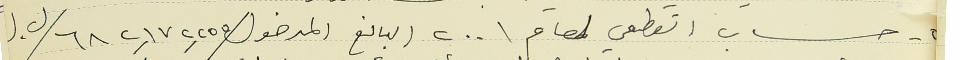
٤ - حساب القطعي لعام ٢٠٠١ البالغ المدخول /٦٨٢,١٧٢,٢٥٥/ ل. ل